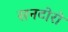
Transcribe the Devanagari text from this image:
सनटोरो